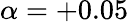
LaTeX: \alpha=+0.05